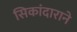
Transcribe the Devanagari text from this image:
सिकांदाराने